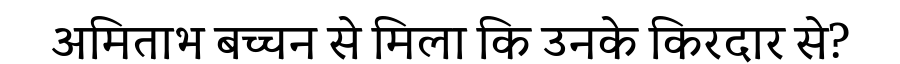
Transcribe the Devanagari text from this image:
अमिताभ बच्चन से मिला कि उनके किरदार से?